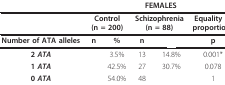
<table><thead><tr><td>[EMPTY_CELL]</td><td colspan="5"><b>FEMALES</b></td></tr></thead><tbody><tr><td>[EMPTY_CELL]</td><td colspan="2"><b>Control</b><b>(n = 200)</b></td><td colspan="2"><b>Schizophrenia</b><b>(n = 88)</b></td><td><b>Equality of</b><b>proportions</b></td></tr><tr><td><b>Number of ATA alleles</b></td><td><b>n</b></td><td><b>%</b></td><td><b>n</b></td><td>[EMPTY_CELL]</td><td><b>p</b></td></tr><tr><td><b>2 <i>ATA</i></b></td><td>[EMPTY_CELL]</td><td>3.5%</td><td>13</td><td>14.8%</td><td>0.001*</td></tr><tr><td><b>1 <i>ATA</i></b></td><td>[EMPTY_CELL]</td><td>42.5%</td><td>27</td><td>30.7%</td><td>0.078</td></tr><tr><td><b>0 <i>ATA</i></b></td><td>[EMPTY_CELL]</td><td>54.0%</td><td>48</td><td>[EMPTY_CELL]</td><td>1</td></tr></tbody></table>